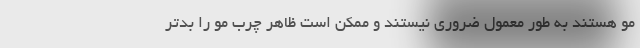
مو هستند به طور معمول ضروری نیستند و ممکن است ظاهر چرب مو را بدتر